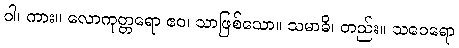
ဝါ၊ ကား။ လောကုတ္တရော ဧဝ၊ သာဖြစ်သော။ သမာဓိ၊ တည်း။ သဝေရော